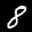
Label: 8